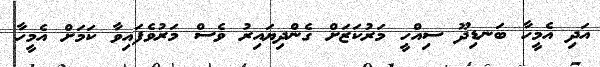
އަދި އެމީހާ ބަނޑިދޫ ސިއްހީ މަރުކަޒަށް ގެންދިޔައިރު ވެސް މަރުވެފައިވާ ކަމަށް އެމީހާ